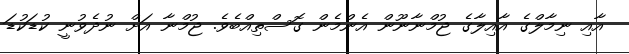
އާއި ނިމާލްގެ އާއިލާގެ ޖުމްނާނޫން އެންމެން ގޮސްތިއްބެވެ. ޖުމްނާ އަށް ނުދެވުނީ ކުޑަކުޑަ